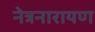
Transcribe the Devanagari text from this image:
नेत्रनारायण